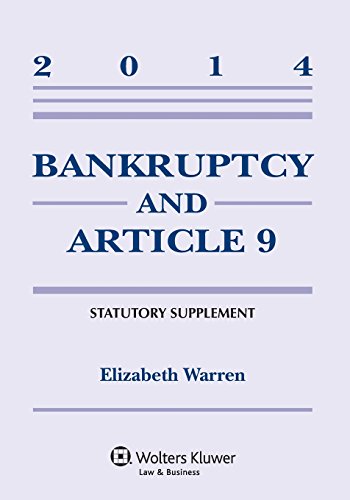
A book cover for Bankruptcy & Article 9 Statutory Supplement; Elizabeth Warren; Law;